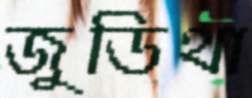
জুডিথা